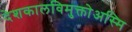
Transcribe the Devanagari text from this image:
देशकालविमुक्तोअस्मि